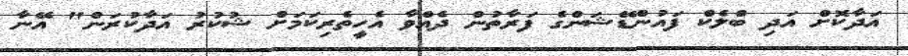
އަދާކޮށް އަދި ބްލެކް ފައުންޑޭޝަންގެ ފަރާތުން ދެއްވާ އެހީތެރިކަމަށް ޝުކުރު އަދާކުރަން" އޭނާ